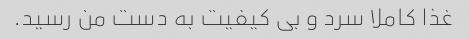
غذا کاملا سرد و بی کیفیت به دست من رسید.